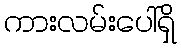
ကားလမ်းပေါ်ရှိ